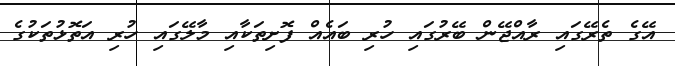
އޭގެ ތެރޭގައި ރާއްޖޭން ބޭރުގައި ހުރި ބައެއް ފޮށިތަކާއި މާލޭގައި ހުރި އަތޮޅުތަކުގެ